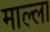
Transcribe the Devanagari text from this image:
माल्ला